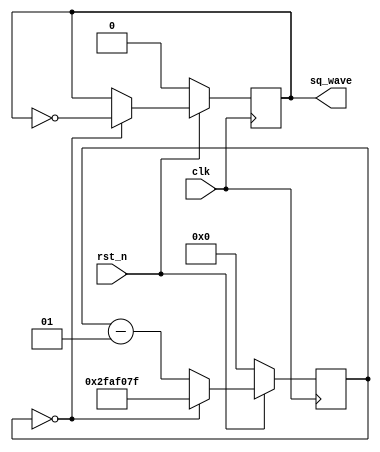
`timescale 1ns / 1ps

module square_wave_gen(
	input clk,
	input rst_n,
	output sq_wave
);

	// Input clock is 100MHz
	localparam CLOCK_FREQUENCY = 100000000;

	// Counter for toggling of clock
	integer counter = 0;
	
	reg sq_wave_reg = 0;
	assign sq_wave = sq_wave_reg;

 always @(posedge clk) begin
 
		if (!rst_n) begin
			counter <= 8'h00;
			sq_wave_reg	 <= 1'b0;
		end
	
		else begin 
			
			// If counter is zero, toggle sq_wave_reg 
			if (counter == 8'h00) begin
				sq_wave_reg <= ~sq_wave_reg;
				
				// Generate 1Hz Frequency
				counter <= CLOCK_FREQUENCY/2 - 1;  
			end 
			
			// Else count down
			else 
				counter <= counter - 1; 
			end
		end
		
endmodule